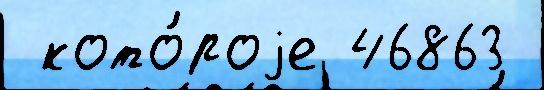
 кото́роjе 46863